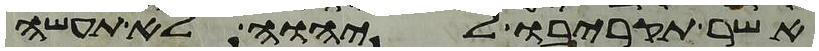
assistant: אשר תקריבו ליהוה לא תעשה